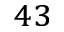
^ { 4 3 }